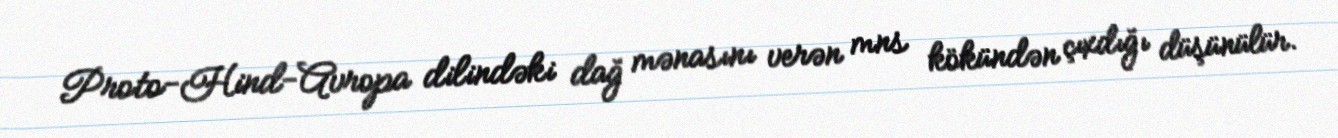
Proto-Hind-Avropa dilindəki dağ mənasını verən mns kökündən çıxdığı düşünülür.